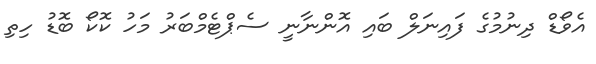
އެވޯޑް ދިނުމުގެ ފައިނަލް ބައި އޮންނާނީ ސެޕްޓެމްބަރު މަހު ކޮކޯ ބޮޑު ހިތި